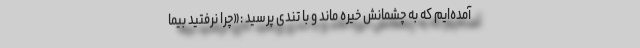
آمده‌ایم که به چشمانش خیره ماند و با تندی پرسید :«چرا نرفتید بیما